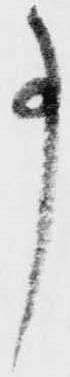
事